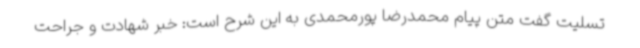
تسلیت گفت متن پیام محمدرضا پورمحمدی به این شرح است: خبر شهادت و جراحت